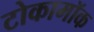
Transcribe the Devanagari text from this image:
टोकामॉक